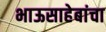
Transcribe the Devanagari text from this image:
भाऊसाहेबांचा